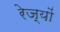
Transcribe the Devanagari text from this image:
रेज्यों